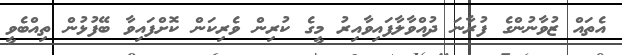
އެތައް ޒުވާނުންގެ ފުރާނަ ދުއްވާލާފައިވާއިރު މީގެ ކުރިން ވެރިކަން ކޮށްފައިވާ ބޭފުޅުން ތިއްބެވީ